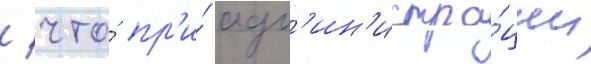
/ что́ пр'и́ адм'ин'истра́ции